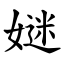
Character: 㜆